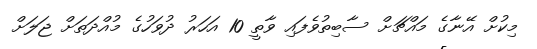
މިކުށް އޭނާގެ މައްޗަށް ސާބިތުވެފައި ވާތީ 10 އަހަރު ދުވަހުގެ މުއްދަތަށް ޖަލަށް